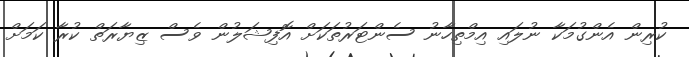
ކުރިން އެންގުމަކާ ނުލައި އިމްތިހާނު ސެންޓަރުތަކަށް އޮފިޝަލުން ވެސް ޒިޔާރަތް ކުރާ ކަމަށް